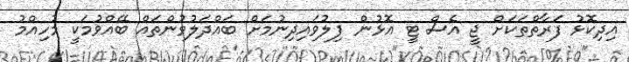
އިދިކޮޅު ފަރާތްތަކަށް ޖީ އެސް ޓީ އޮޅުން ފިލުވައިދިނުމަށް ބައްދަލުވުންތައް ބޭއްވުމަކީ މުހިއްމު